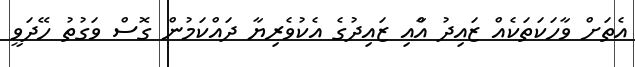
އެތަށް ވާހަކަތަކެއް ޒައިދު އާްއި ޒައިދުގެ އެކުވެރިޔާ ދައްކަމުން ގޮސް ވަގުތު ހޭދަވީ